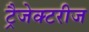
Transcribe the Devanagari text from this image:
ट्रैजेक्टरीज